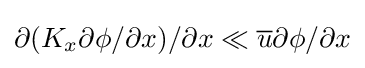
{\textstyle \partial (K_{x}\partial \phi /\partial x)/\partial x\ll {\overline {u}}\partial \phi /\partial x}